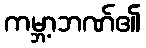
ကမ္ဘာ့ဘဏ်၏